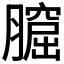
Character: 𦡆